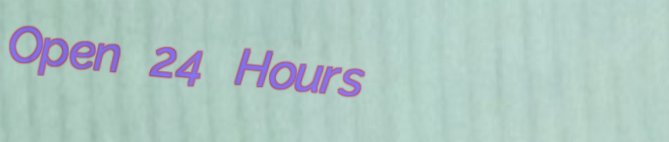
Open 24 Hours